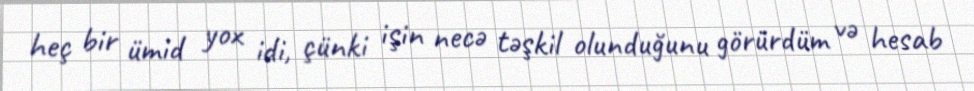
heç bir ümid yox idi, çünki işin necə təşkil olunduğunu görürdüm və hesab